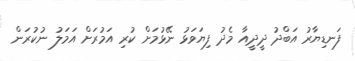
ފަނޑިޔާރު އަބްދު ދީދީއާ މެދު ފިޔަވަޅު ނޭޅުމަށް ކުރި އަމުރަށް އަމަލު ނުކުރަން